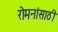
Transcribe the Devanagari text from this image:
रोमनांसाठी